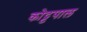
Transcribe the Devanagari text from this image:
कोट्टपाल